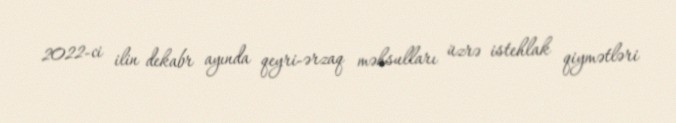
2022-ci ilin dekabr ayında qeyri-ərzaq məhsulları üzrə istehlak qiymətləri